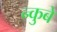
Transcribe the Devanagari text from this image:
न्कुबे